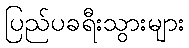
ပြည်ပခရီးသွားများ